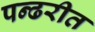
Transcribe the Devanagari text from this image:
पन्ढरीत